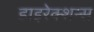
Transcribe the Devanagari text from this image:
डाइरेक्शन्स